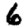
Digit: 6